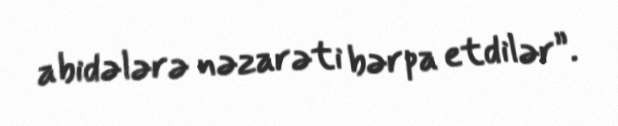
abidələrə nəzarəti bərpa etdilər”.